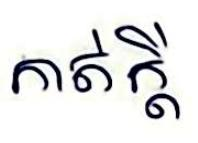
កាត់ក្ដី